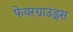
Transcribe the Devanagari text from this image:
फेयरग्राउंड्स